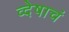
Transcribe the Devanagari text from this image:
व्देषाचं